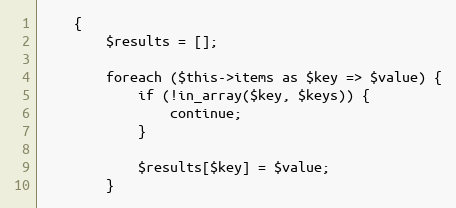
Language: PHP
    {
        $results = [];

        foreach ($this->items as $key => $value) {
            if (!in_array($key, $keys)) {
                continue;
            }

            $results[$key] = $value;
        }